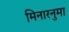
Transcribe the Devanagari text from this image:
मिनारनुमा